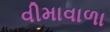
વીમાવાળા